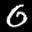
Label: 0